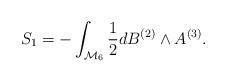
LaTeX: \begin{align*}S_1=-\int_{{\cal M}_6}{1\over 2}d B^{(2)}\wedge A^{(3)}.\end{align*}